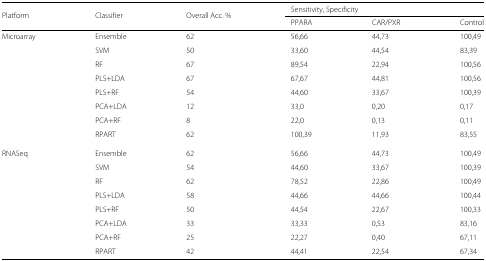
<table><thead><tr><td><b>Platform</b></td><td><b>Classifier</b></td><td><b>Overall Acc. %</b></td><td colspan="3"><b>Sensitivity, Specificity</b></td></tr><tr><td>[EMPTY_CELL]</td><td>[EMPTY_CELL]</td><td>[EMPTY_CELL]</td><td><b>PPARA</b></td><td><b>CAR/PXR</b></td><td><b>Control</b></td></tr></thead><tbody><tr><td>Microarray</td><td>Ensemble</td><td>62</td><td>56,66</td><td>44,73</td><td>100,49</td></tr><tr><td>[EMPTY_CELL]</td><td>SVM</td><td>50</td><td>33,60</td><td>44,54</td><td>83,39</td></tr><tr><td>[EMPTY_CELL]</td><td>RF</td><td>67</td><td>89,54</td><td>22,94</td><td>100,56</td></tr><tr><td>[EMPTY_CELL]</td><td>PLS+LDA</td><td>67</td><td>67,67</td><td>44,81</td><td>100,56</td></tr><tr><td>[EMPTY_CELL]</td><td>PLS+RF</td><td>54</td><td>44,60</td><td>33,67</td><td>100,39</td></tr><tr><td>[EMPTY_CELL]</td><td>PCA+LDA</td><td>12</td><td>33,0</td><td>0,20</td><td>0,17</td></tr><tr><td>[EMPTY_CELL]</td><td>PCA+RF</td><td>8</td><td>22,0</td><td>0,13</td><td>0,11</td></tr><tr><td>[EMPTY_CELL]</td><td>RPART</td><td>62</td><td>100,39</td><td>11,93</td><td>83,55</td></tr><tr><td>RNASeq</td><td>Ensemble</td><td>62</td><td>56,66</td><td>44,73</td><td>100,49</td></tr><tr><td>[EMPTY_CELL]</td><td>SVM</td><td>54</td><td>44,60</td><td>33,67</td><td>100,39</td></tr><tr><td>[EMPTY_CELL]</td><td>RF</td><td>62</td><td>78,52</td><td>22,86</td><td>100,49</td></tr><tr><td>[EMPTY_CELL]</td><td>PLS+LDA</td><td>58</td><td>44,66</td><td>44,66</td><td>100,44</td></tr><tr><td>[EMPTY_CELL]</td><td>PLS+RF</td><td>50</td><td>44,54</td><td>22,67</td><td>100,33</td></tr><tr><td>[EMPTY_CELL]</td><td>PCA+LDA</td><td>33</td><td>33,33</td><td>0,53</td><td>83,16</td></tr><tr><td>[EMPTY_CELL]</td><td>PCA+RF</td><td>25</td><td>22,27</td><td>0,40</td><td>67,11</td></tr><tr><td>[EMPTY_CELL]</td><td>RPART</td><td>42</td><td>44,41</td><td>22,54</td><td>67,34</td></tr></tbody></table>